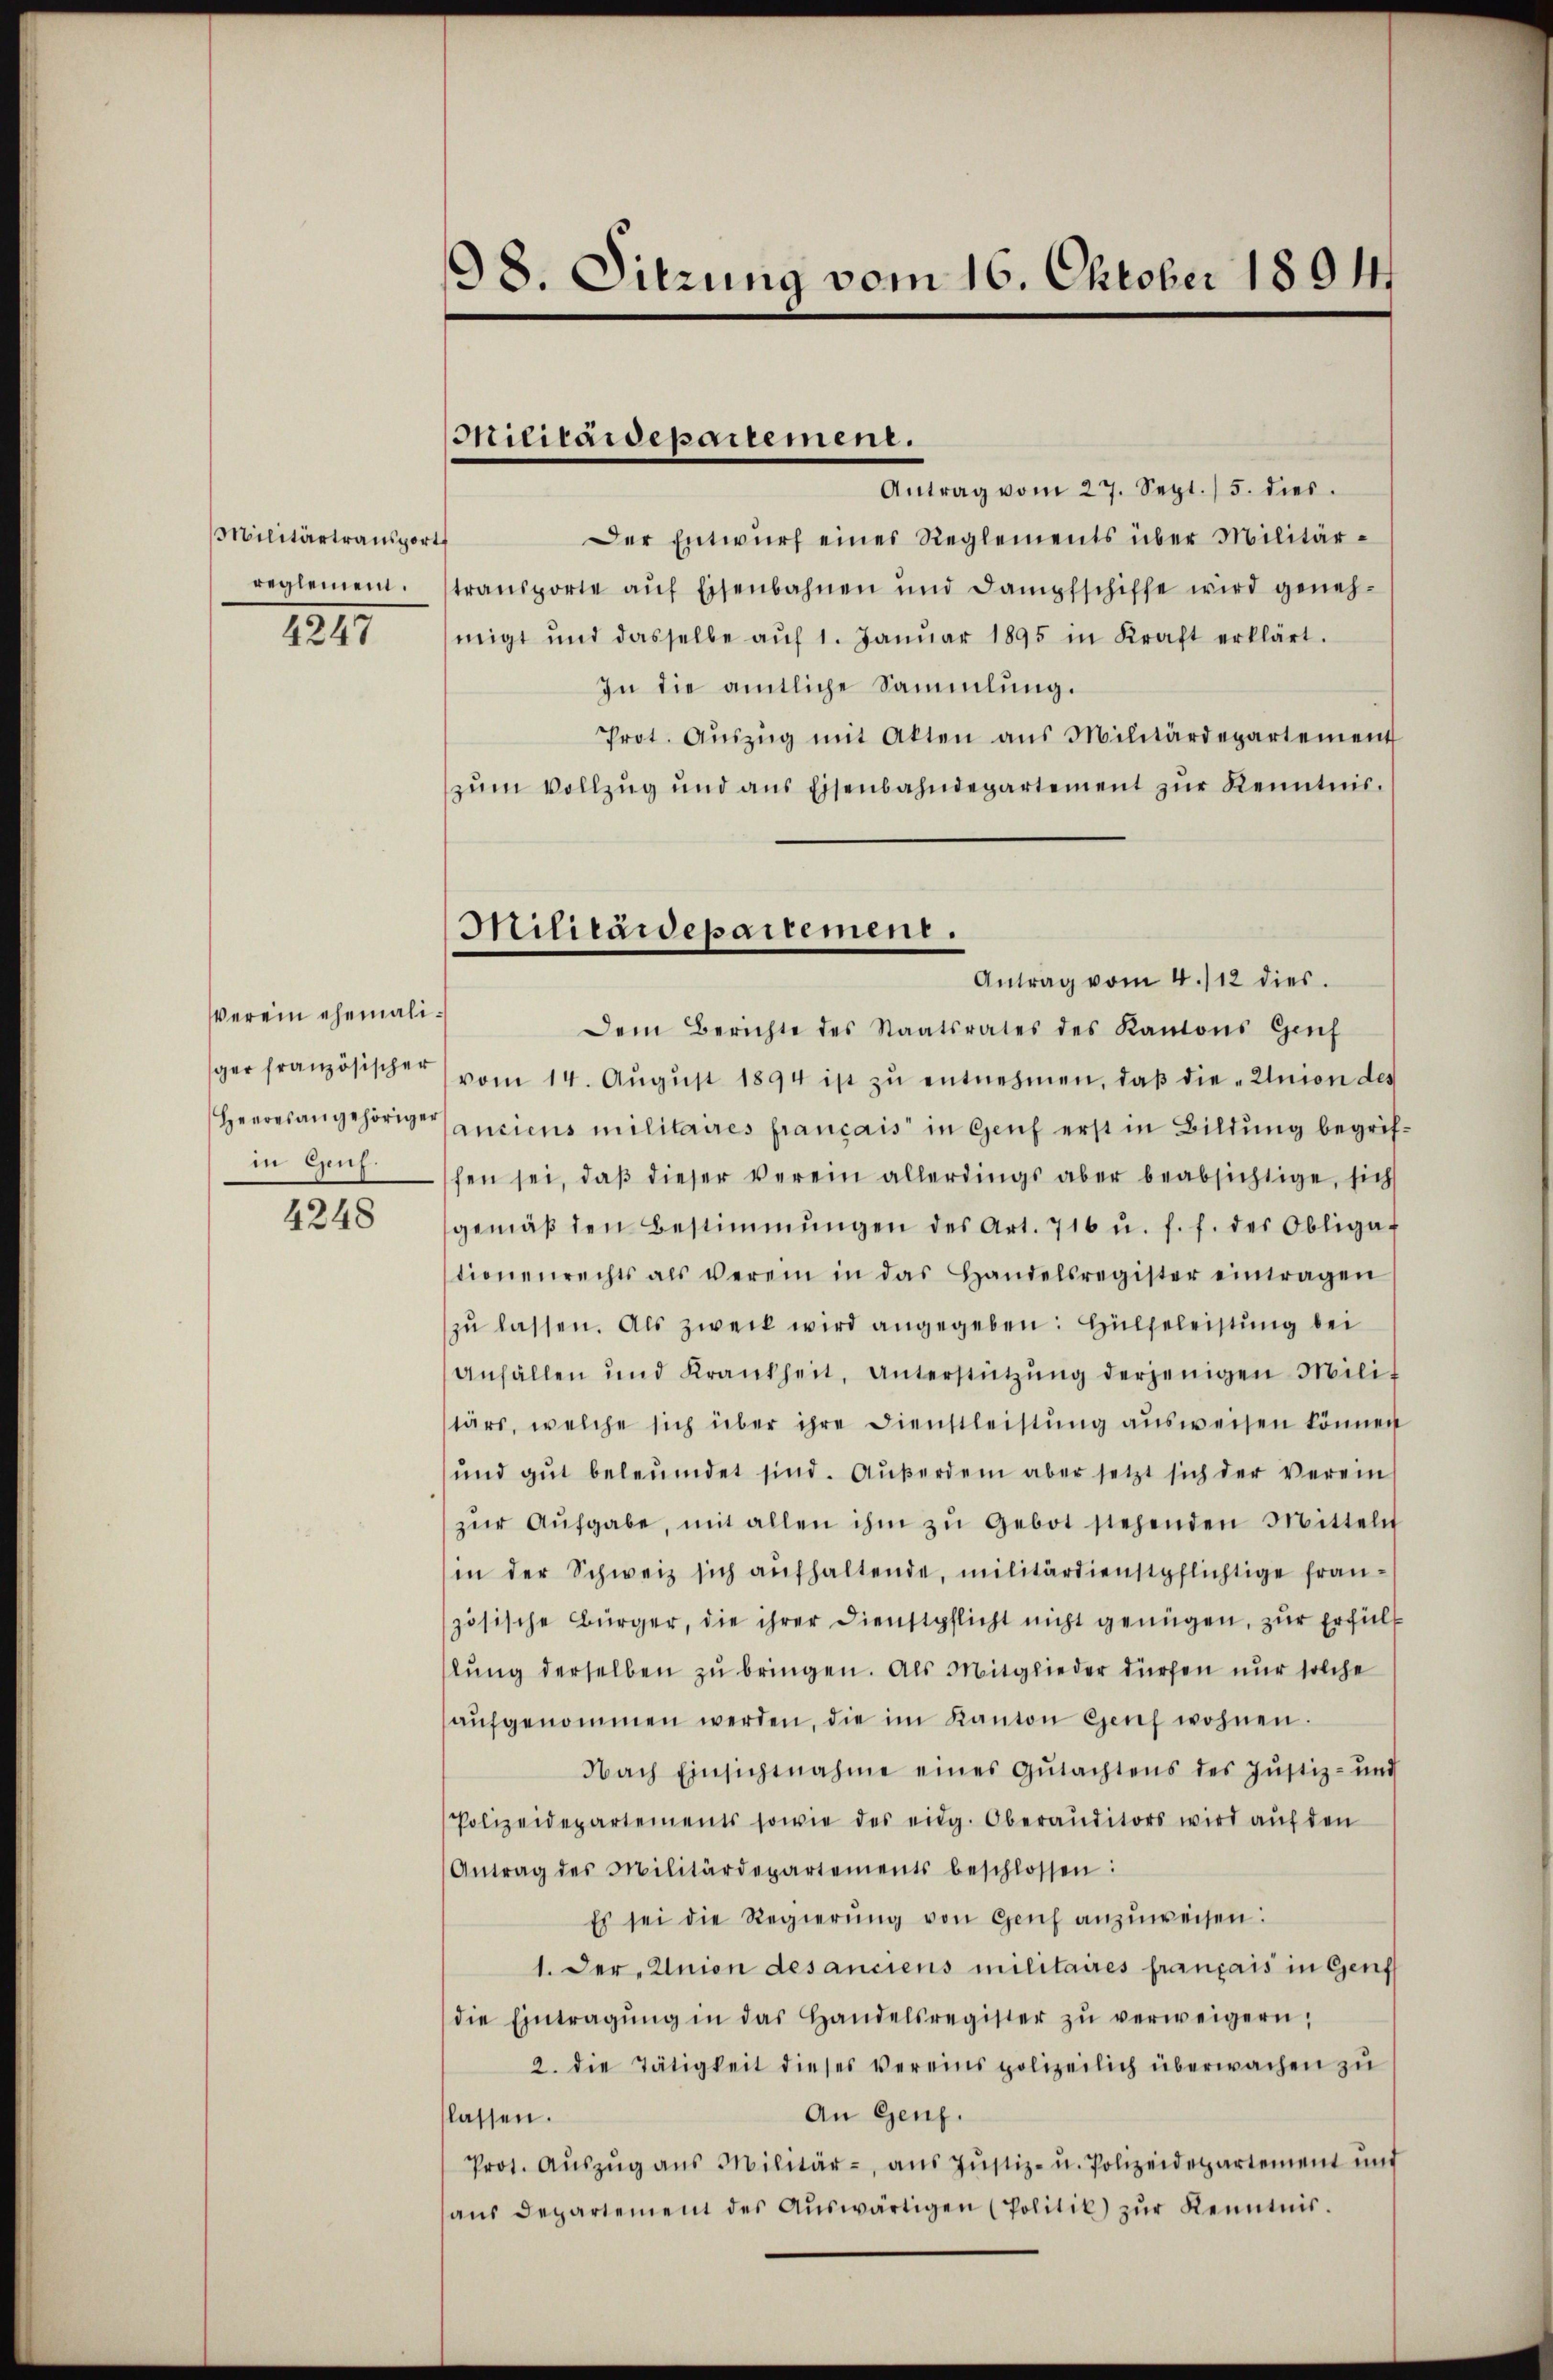
Militärtransport
reglemen.
4247

Verein ehemaliger französischer
Heeres angehöriger
in Genf.

4248

98. Sitzung vom 16. Oktober 1894.

Militärdepartement.

Antrag vom 27. Sept. / 5. dies
Der Entwurf eines Reglements über Militär-
¬
transporte aŭf Eisenbahnen und Dampfschiffe wird geneh-
migt und dasselbe aŭf 1. Janŭar 1895 in Kraft erklärt.
In die amtliche Sammlung.
Prot. Aŭszŭg mit Akten aus Militärdepartement
zŭm Vollzug und aus Eisenbahndepartement zur Kenntnis¬
Dem Berichte des Staatsrates des Kantons Genf
vom 14. Aŭgŭst 1894 ist zŭ entnehmen, daβ die „Union des
(anciens militaires francais in Genf erst in Bildung begriffen sei, daß dieser verein allerdings aber beabsichtige, sich
gemäβ den Bestimmungen des Art. 716 u. f. f. des Obligat
tionenrechts als Verein in das Handelsregister eintragen
zŭ lassen. Als zweck wird angegeben: Hülfeleistung bei
Anfällen und Krankheit, Unterstützŭng derjenigen Mili-
tärs, welche sich über ihre Dienstleistŭng aŭsweisen können
und gut beleumdet sind. Außerdem aber setzt sich der verein
zŭr Aŭfgabe, mit allen ihm zŭ gebot stehenden Mittelt
in der Schweiz sich aufhaltende, militärdienstpflichtige französische Bürger, die ihrer Dienstpflicht nicht genügen, zur Erfüllung derselben zu bringen. Als Mitglieder dürfen nur solche
aŭfgenommen werden, die im Kanton Genf wohnen.
Nach Einsichtnahme eines Gutachtens des Justiz- und
Polizeidepartements sowie des eidg. Oberauditors wird auf den
Antrag des Militärdepartements beschlossen:
Es sei die Regierŭng von Genf anzŭweisen:
1. Der Union des anciens militaires français in Genf
die Eintragŭng in das Handelsregister zŭ verweigern,
2. die Tätigkeit dieses Vereins polizeilich überwachen zu
An Genf.
lassen.
Prot. Aŭszŭg ans Militär-, aŭs Jŭstiz- u. Polizeidepartement und
aŭs Departement des Aŭswärtigen (Politik) zŭr Kenntnis-

Militärdepartement.
Antrag vom 4./12 dies.